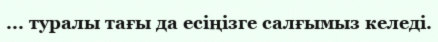
... туралы тағы да есіңізге салғымыз келеді.